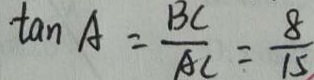
\tan A = \frac { B C } { A C } = \frac { 8 } { 1 5 }